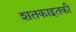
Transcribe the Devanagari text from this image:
शतकाइतकी